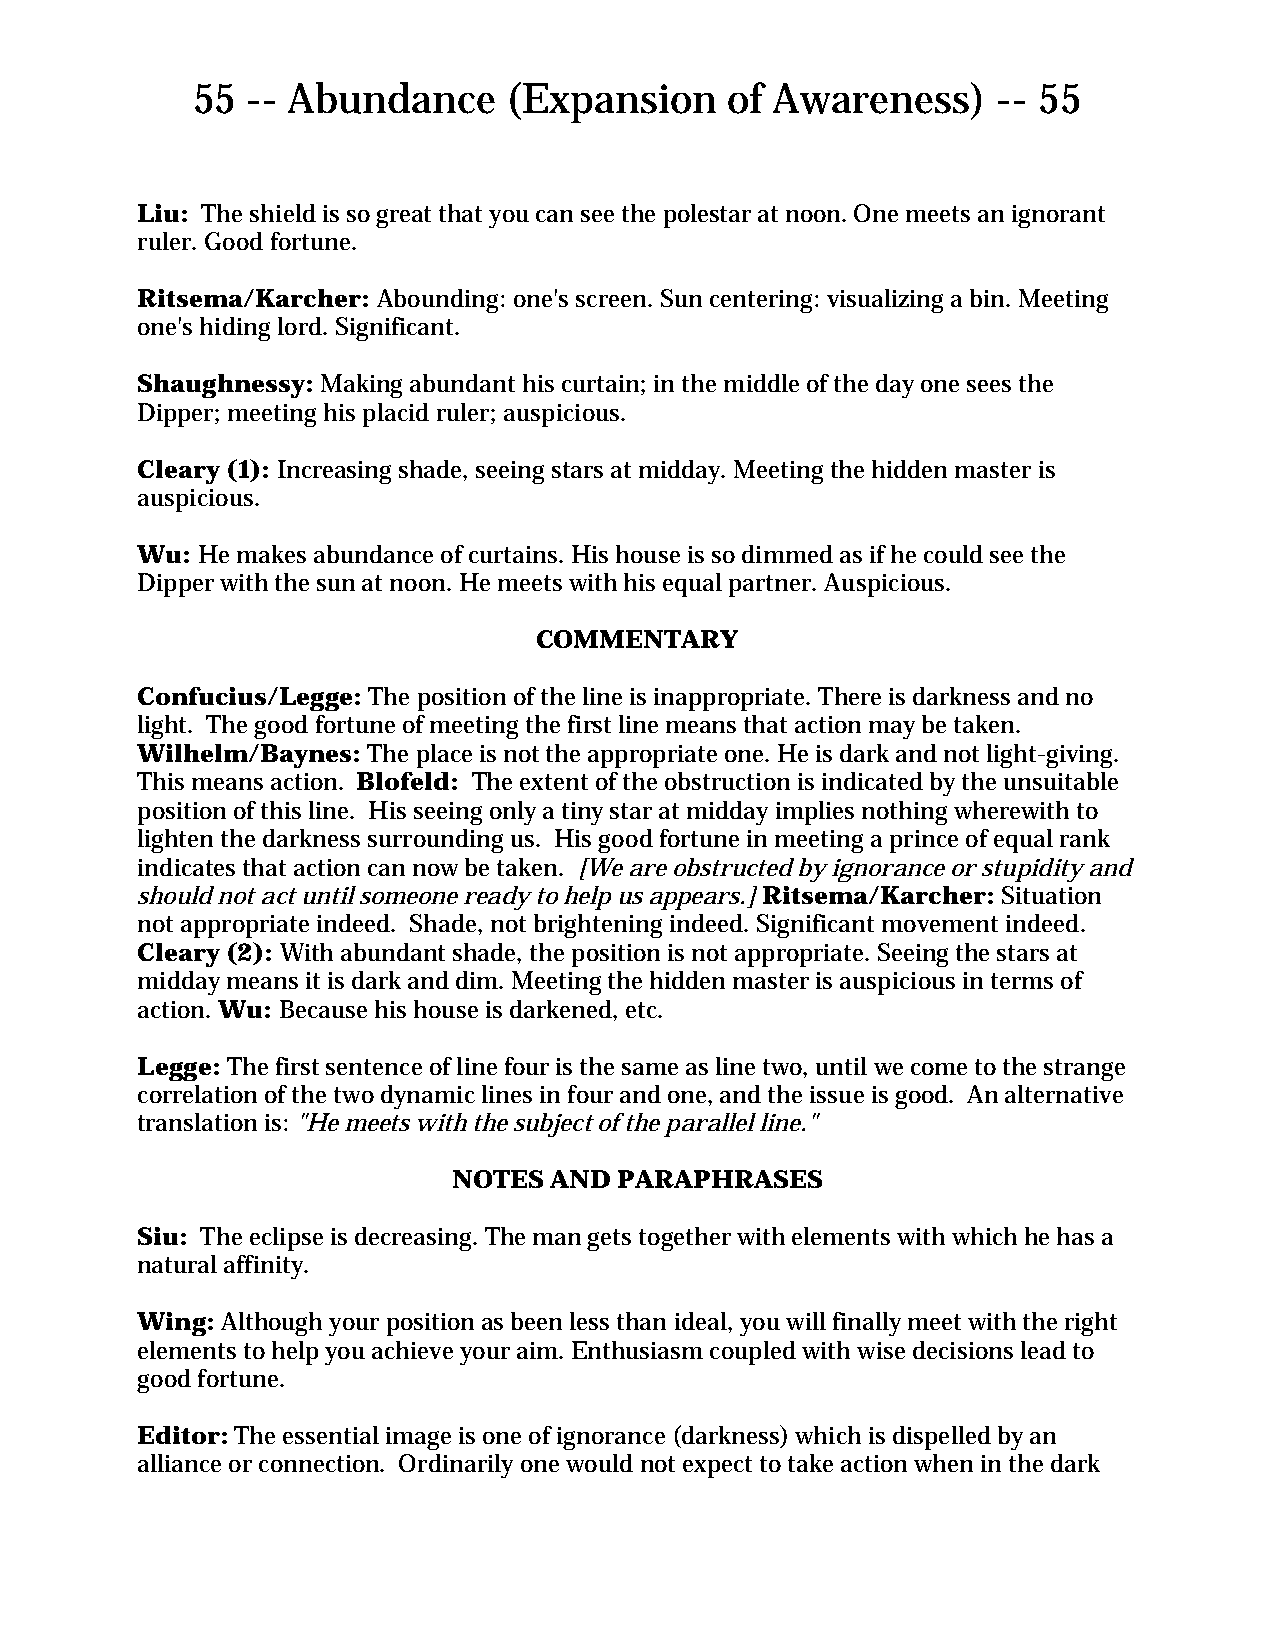
55 -- Abundance      (Expansion    of Awareness)     -- 55
 Liu: The shield is so great that you can see the polestar at noon. One meets an ignorant
 ruler. Good fortune.
 Ritsema/Karcher: Abounding: one's screen. Sun centering: visualizing a bin. Meeting
 one's hiding lord. Significant.
 Shaughnessy: Making abundant his curtain; in the middle of the day one sees the
 Dipper; meeting his placid ruler; auspicious.
 Cleary (1): Increasing shade, seeing stars at midday. Meeting the hidden master is
 auspicious.
 Wu: He makes abundance of curtains. His house is so dimmed as if he could see the
 Dipper with the sun at noon. He meets with his equal partner. Auspicious.
 COMMENTARY
 Confucius/Legge: The position of the line is inappropriate. There is darkness and no
 light. The good fortune of meeting the first line means that action may be taken.
 Wilhelm/Baynes: The place is not the appropriate one. He is dark and not light-giving.
 This means action. Blofeld: The extent of the obstruction is indicated by the unsuitable
 position of this line. His seeing only a tiny star at midday implies nothing wherewith to
 lighten the darkness surrounding us. His good fortune in meeting a prince of equal rank
 indicates that action can now be taken. [We are obstructed by ignorance or stupidity and
 should not act until someone ready to help us appears.] Ritsema/Karcher: Situation
 not appropriate indeed. Shade, not brightening indeed. Significant movement indeed.
 Cleary (2): With abundant shade, the position is not appropriate. Seeing the stars at
 midday means it is dark and dim. Meeting the hidden master is auspicious in terms of
 action. Wu: Because his house is darkened, etc.
 Legge: The first sentence of line four is the same as line two, until we come to the strange
 correlation of the two dynamic lines in four and one, and the issue is good. An alternative
 translation is: "He meets with the subject of the parallel line."
 NOTES AND  PARAPHRASES
 Siu: The eclipse is decreasing. The man gets together with elements with which he has a
 natural affinity.
 Wing: Although your position as been less than ideal, you will finally meet with the right
 elements to help you achieve your aim. Enthusiasm coupled with wise decisions lead to
 good fortune.
 Editor: The essential image is one of ignorance (darkness) which is dispelled by an
 alliance or connection. Ordinarily one would not expect to take action when in the dark